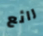
رائع